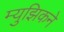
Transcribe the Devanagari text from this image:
म्युझिकने